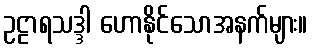
ဥဠာရသဒ္ဒါ ဟောနိုင်သောအနက်များ။